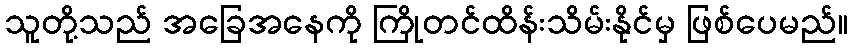
သူတို့သည် အခြေအနေကို ကြိုတင်ထိန်းသိမ်းနိုင်မှ ဖြစ်ပေမည်။